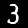
Label: 3